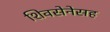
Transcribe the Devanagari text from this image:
शिवसेनेसह